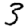
Digit: 3